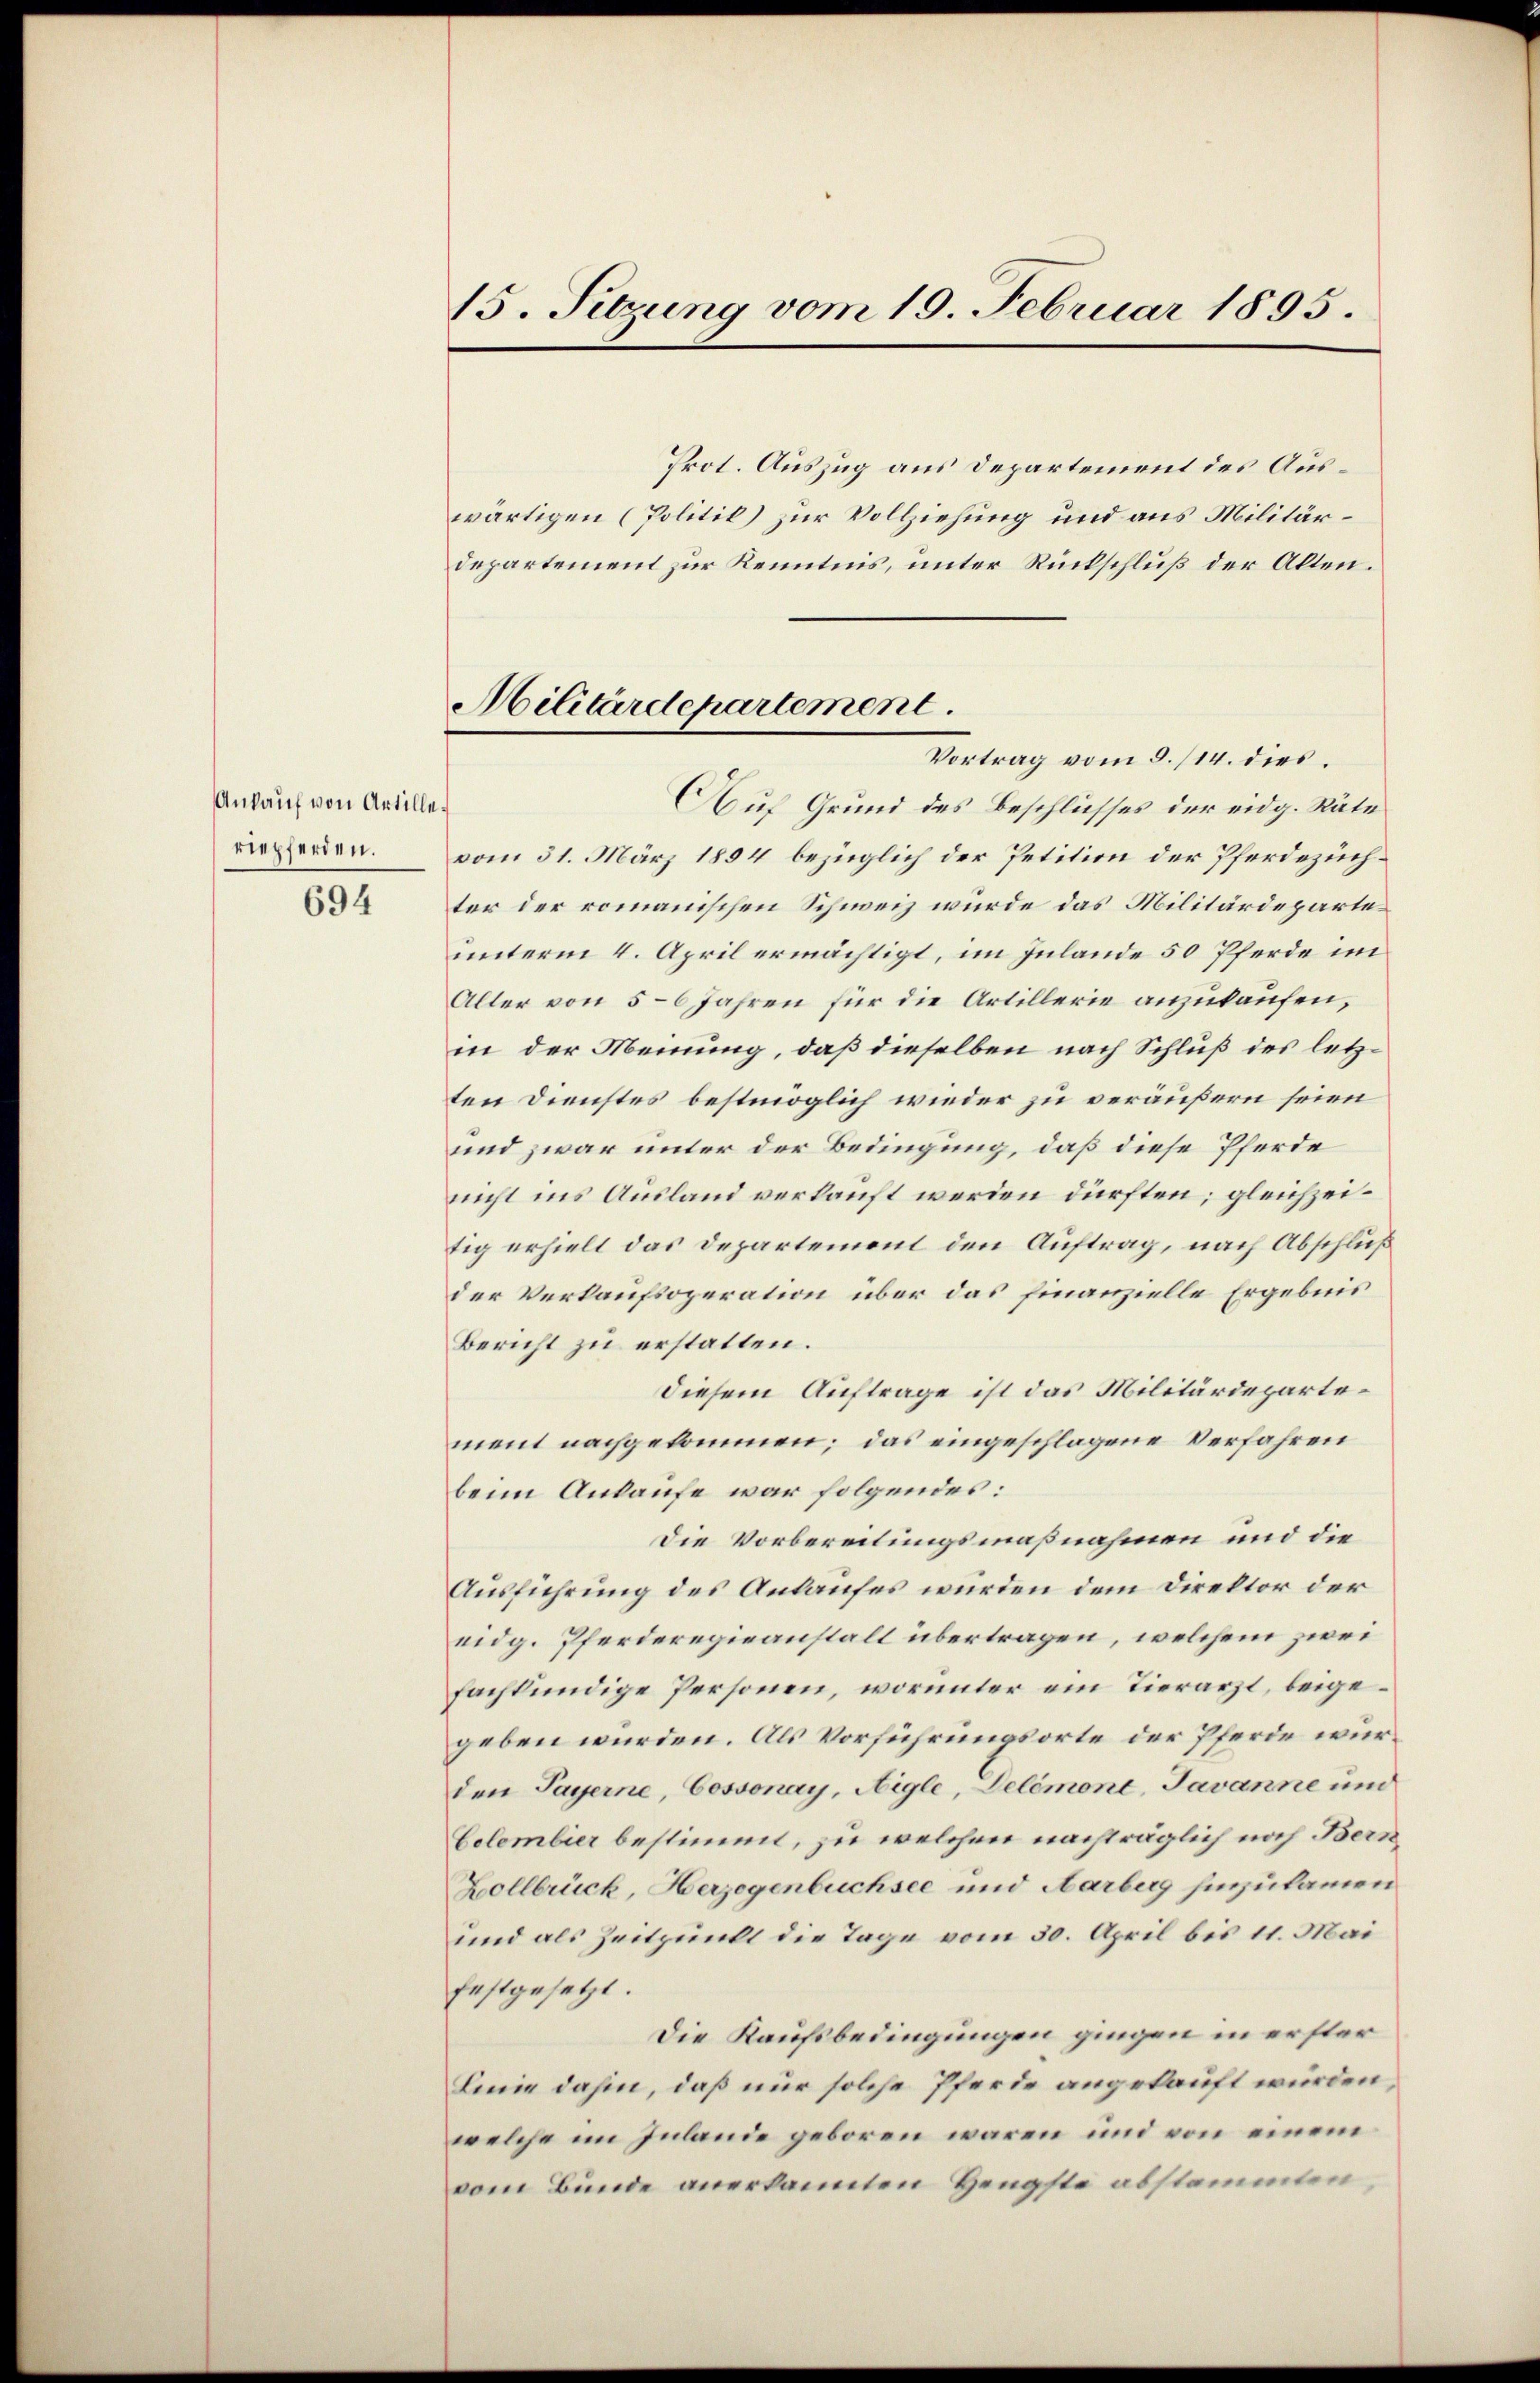
Ankauf von Artilleriepferden.

694

15. Sitzung vom 19. Februar 1895.

Militärdepartement
Vortrag vom 8./14. dies

Prot. Auszug aus Departement des Auswärtigen (Politik) zur Vollziehung und aus Militärdepartement zur Kenntnis, unter Rückschluß der Alten.
Auf Grund des Beschlusses der eidg. Räte
vom 31. März 1894 bezüglich der Petition der Pferdezüchter der romanischen Schweiz wurde das Militärdeparte
unterm 4. April ermächtigt, im Inlande 50 Pferde im
Aller von 5-6 Jahren für die Artillerie anzukaufen,
in der Meinung, daß dieselben nach Schluß des letzten Dienstes bestmöglich wieder zu veräußern seien
und zwar unter der Bedingung, daß diese Pferde
nicht ins Ausland verkauft werden dürften; gleichzeitig erhielt das Departement den Auftrag, nach Abschluß
der Verkaufsoperation über das finanzielle Ergebnis
Bericht zu erstatten.
diesem Auftrage ist das Militärdepartement nachgekommen; das eingeschlagene Verfahren
beim Ankaufe war folgendes:
Die Vorbereitungsmaßnahmen und die
Ausführung des Ankaufes wurden dem Direktor der
eidg. Pferderegieanstalt übertragen, welchem zwei
fachkundige Personen, worunter ein Tierarzt, beigegeben würden. Als Vorführungsorte der Pferde würden Payerne, Cossonay, Aigle, Delémont, Javanne und
Celembier bestimmt, zu welchen nachträglich noch Bern
Zollbrück, Herzogenbuchsee und Aarberg hinzukammen
und als Zeitpunkt die Tage vom 30. April bis 11. Mai
Enstgesetzt.
Die Kaufsbedingungen gingen in erster
Linie dahin, daß nur solche Pferde angekauft würden,
welche im Inlande geboren wären und von einem
vom Bunde anerkannten Hengste abstammten,